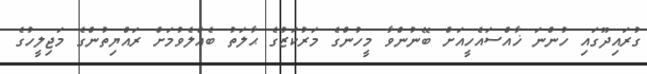
ގުރައިދޫގައި ހުންނަ ޚާއްސައެހީއަށް ބޭނުންވާ މީހުންގެ މަރުކަޒުގެ ޙާލަތު ބެއްލެވުމަށް ރައްޔިތުންގެ މަޖިލީހުގެ